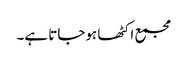
مجمع اکٹھا ہوجاتا ہے۔